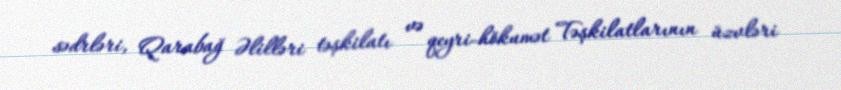
sədrləri, Qarabağ Əlilləri təşkilatı və qeyri-hökumət Təşkilatlarının üzvləri